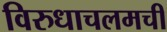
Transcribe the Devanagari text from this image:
विरुधाचलमची